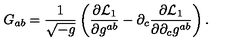
G _ { a b } = \frac { 1 } { \sqrt { - g } } \left( \frac { \partial { \cal L } _ { 1 } } { \partial g ^ { a b } } - \partial _ { c } \frac { \partial { \cal L } _ { 1 } } { \partial \partial _ { c } g ^ { a b } } \right) .